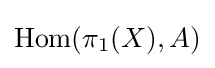
\operatorname {Hom} (\pi _{1}(X),A)